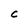
Character: C